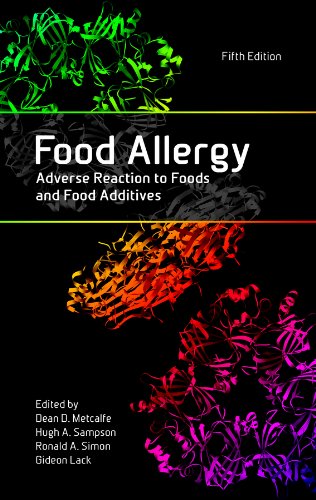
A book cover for Food Allergy: Adverse Reaction to Foods and Food Additives; Health, Fitness & Dieting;